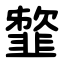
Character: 䪠